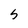
Character: 5